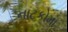
નાટકોમા